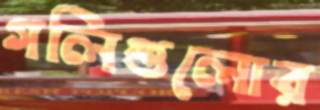
গলিগুলোর